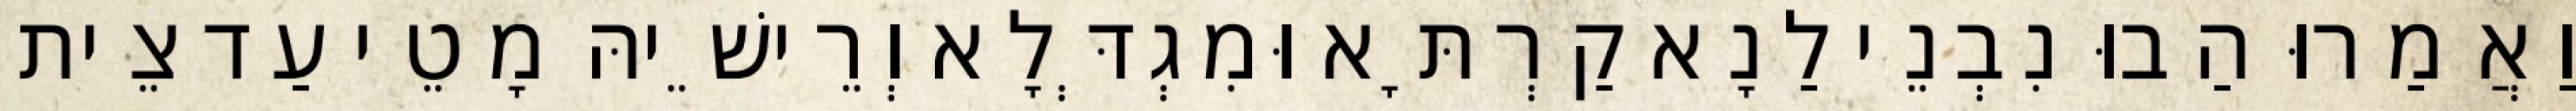
וַאֲמַרוּ הַבוּ נִבְנֵי לַנָא קַרְתָּא וּמִגְדְּלָא וְרֵישֵׁיהּ מָטֵי עַד צֵית